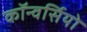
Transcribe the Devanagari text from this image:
कॉन्वर्सियो